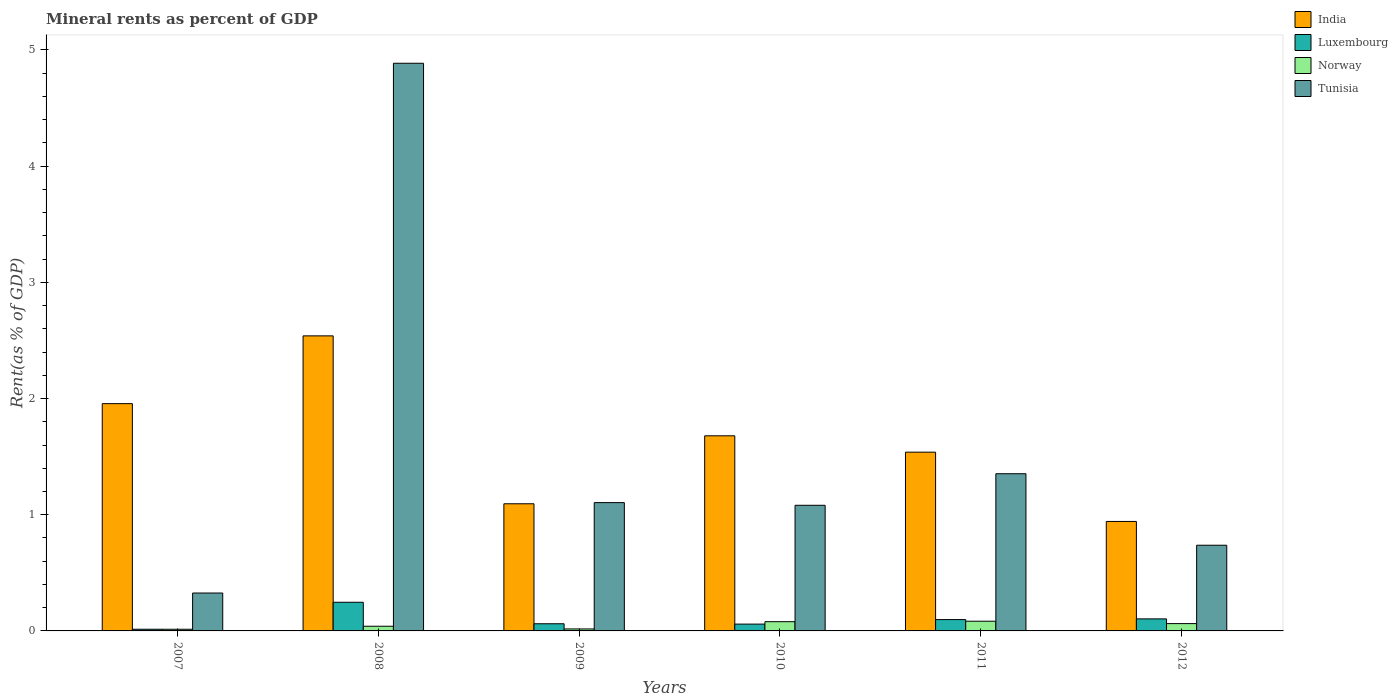
| Years | India | Luxembourg | Norway | Tunisia |
 | --- | --- | --- | --- | --- |
 | 2007 | 1.96 | 0.0145 | 0.0143 | 0.326 |
 | 2008 | 2.54 | 0.247 | 0.0403 | 4.89 |
 | 2009 | 1.09 | 0.0617 | 0.0169 | 1.1 |
 | 2010 | 1.68 | 0.0587 | 0.0795 | 1.08 |
 | 2011 | 1.54 | 0.0975 | 0.0835 | 1.35 |
 | 2012 | 0.942 | 0.104 | 0.063 | 0.737 |